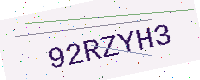
Text: 92RZYH3